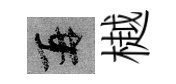
再樾